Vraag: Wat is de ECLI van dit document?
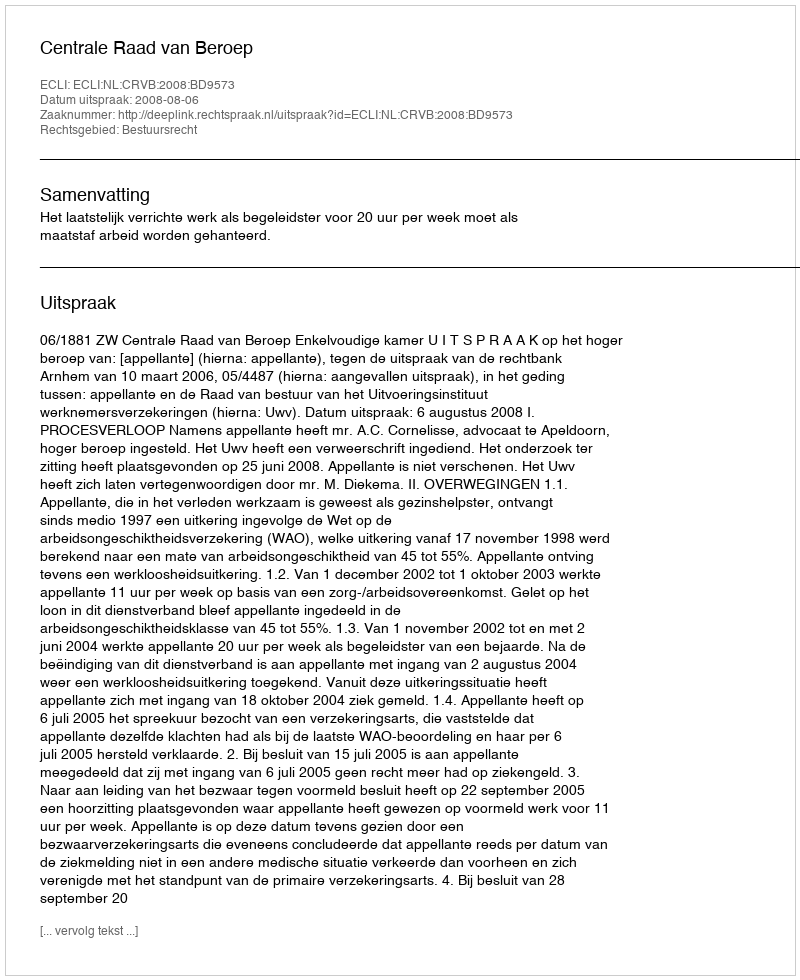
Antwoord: ECLI:NL:CRVB:2008:BD9573